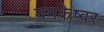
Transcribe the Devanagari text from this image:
यमकेष्वर